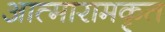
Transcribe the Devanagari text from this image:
आत्मारामकृत